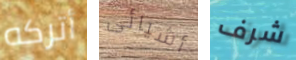
أتركه أشيائى شرف